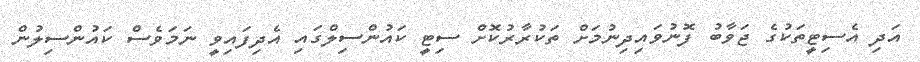
އަދި އެސިޓީތަކުގެ ޖަވާބު ފޮނުވައިދިނުމަށް ތަކުރާރުކޮށް ސިޓީ ކައުންސިލްގައި އެދިފައިވީ ނަމަވެސް ކައުންސިލުން